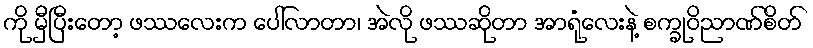
ကို မှီပြီးတော့ ဖဿလေးက ပေါ်လာတာ၊ အဲလို ဖဿဆိုတာ အာရုံလေးနဲ့ စက္ခုဝိညာဏ်စိတ်